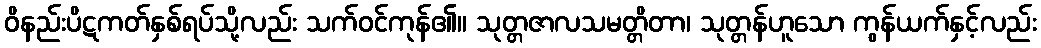
ဝိနည်းပိဋကတ်နှစ်ရပ်သို့လည်း သက်ဝင်ကုန်၏။ သုတ္တဇာလသမတ္တိတာ၊ သုတ္တန်ဟူသော ကွန်ယက်နှင့်လည်း